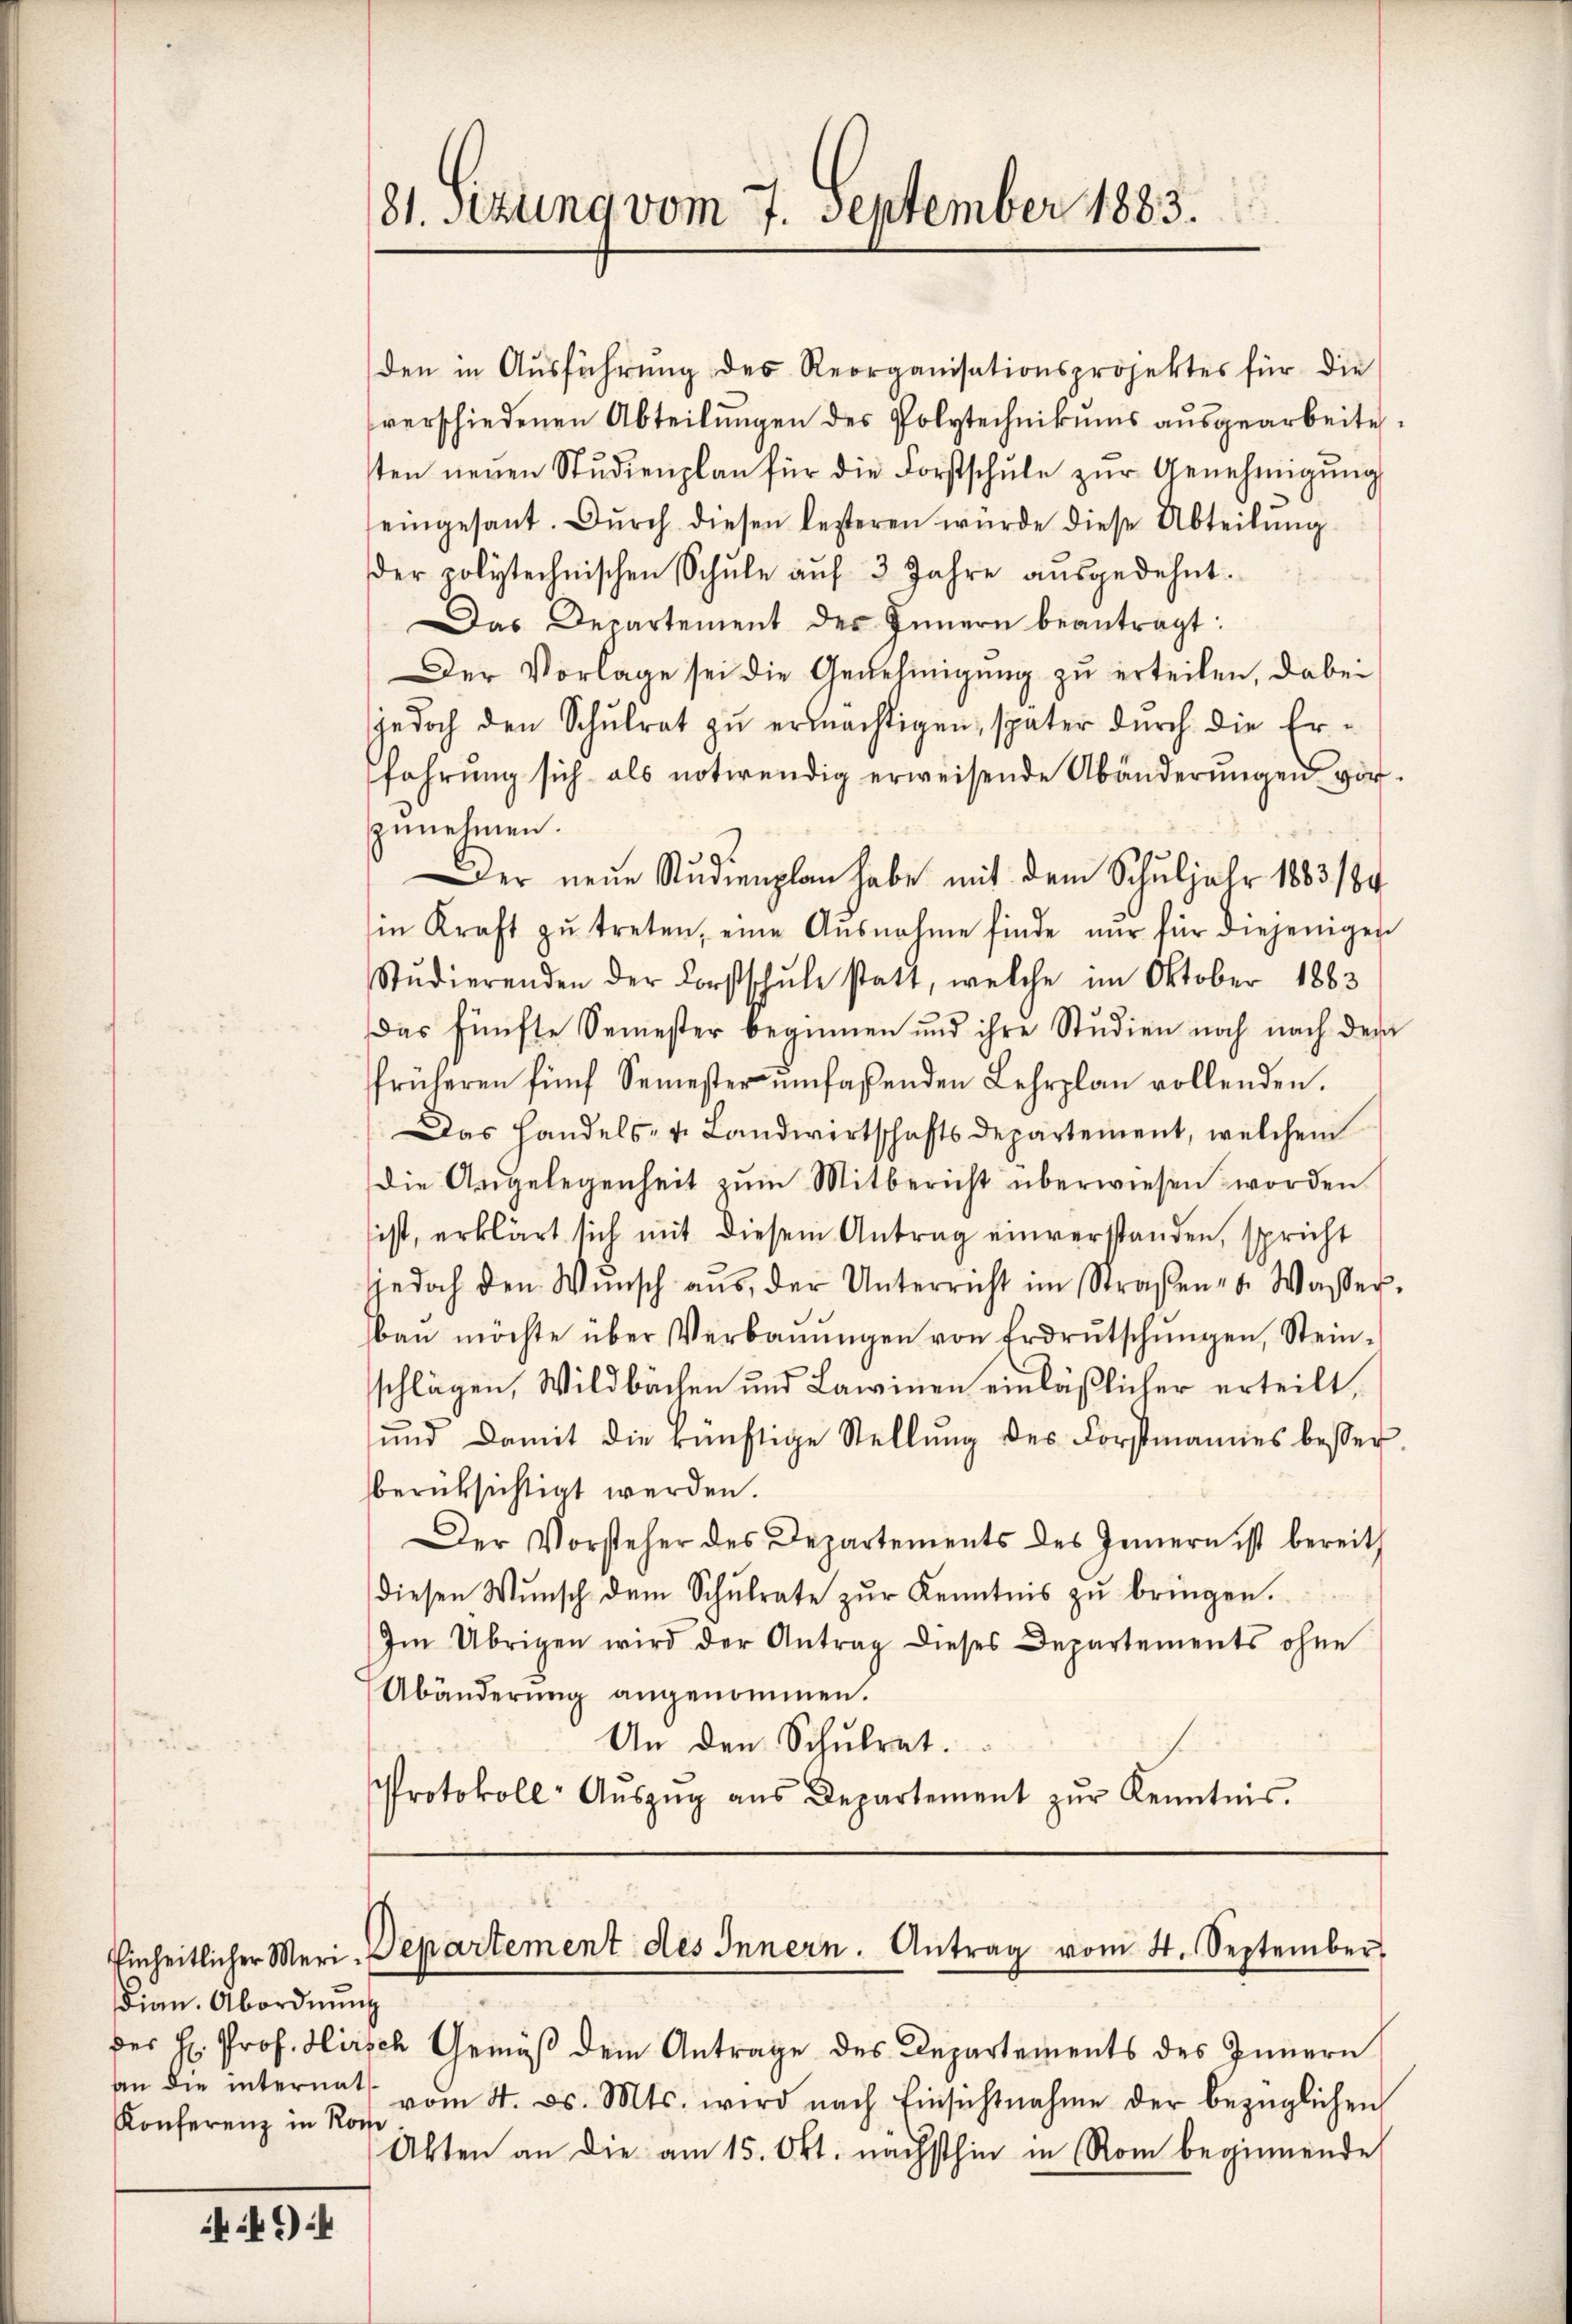
Fian. Abordnŭng
an die internats¬
Konferenz in Roc

181. sezung vom 7. September 1883.

den in Ausführung des Reorganisationsprojektes für die
verschiedenen Abteilungen des Polytechnikums ausgearbeite
sten neŭen Studienplan für die Forstschŭle zŭr Genehmigŭng
seingesant. Dŭrch diesen lezteren würde diese Abteilŭng
der polytechnischen Schŭle aŭf 3 Jahre aŭsgedehnt.
Das Departement des Innern beantragt:
Der Vorlage sei die Genehmigung zu erteilen, dabei
jedoch den Schŭlrat zŭ ermächtigen, später durch die Er-
fahrŭng sich als notwendig erweisende Abänderŭngen vorzunehmen.
Der neue Studienplan habe mit dem Schuljahr 1883/84
in Kraft zŭ treten, eine Ausnahme finde nur für diejenigen
Stŭdierenden der Forstschŭle statt, welche im Oktober 1883
Das fünfte Semester beginnen und ihre Studien noch nach dem
früheren fünf Semester ŭmfaßenden Lehrplan vollenden.
Das Handels- u. Landwirtschaftsdepartement, welchem
die Angelegenheit zŭm Mitbericht überwiesen worden
ist, erklärt sich mit diesem Antrag einverstanden, spricht
jedoch den Wŭnsch aŭs, der Unterricht im Straßen- u. Wasser.
baŭ möchte über Verbaŭŭngen von Erdrŭtschŭngen, Stein-
schlägen, Wildbachen und Lawinen einläßlicher erteilt,
und damit die künftige Stellŭng des Forstmannes besser
berüksichtigt werden.
Der Vorsteher des Departements des Innern ist bereits
diesen Wŭnsch dem Schŭlrate zŭr Kenntnis zŭ bringen.
Im Übrigen wird der Antrag dieses Departements ohne
Abänderŭng angenommen.
An den Schulrat.
Protokoll- Aŭszŭg ans Departement zŭr Kenntnis.

Einheitlicher Meri-Departement des Innern. Antrag vom 4. September

des H. Prof. Hirsch Gemäß dem Antrage des Departements des Innern
vom 4. ds. Mts. wird nach Einsichtnahme der bezüglichen
Akten an die am 15. Okt. nächsthin in Rom beginnende